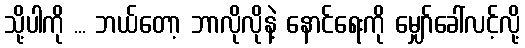
သို့ပါကို ... ဘယ်တော့ ဘာလိုလိုနဲ့ နောင်ရေးကို မျှော်ခေါ်လင့်လို့